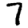
Digit: 7